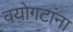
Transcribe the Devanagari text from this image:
वयोगटांना